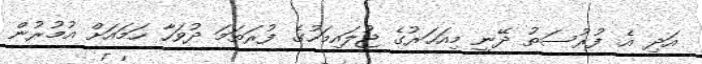
އަދި އެ ފުރުސަތު ދޭނީ މިއަހަރުގެ ޖުލައިމަހުގެ ފުރަތަމަ ދުވަހާ ހަމައަށް އުމުރުން